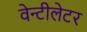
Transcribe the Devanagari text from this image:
वेन्टीलेटर